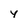
Character: 4